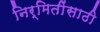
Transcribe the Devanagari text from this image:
निर्मितींसाठी